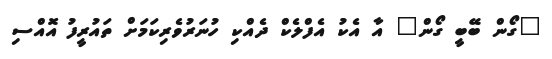
"ގޯން ބޭބީ ގޯން" އާ އެކު އެފްލެކް ދެއްކި ހުނަރުވެރިކަމަށް ތައުރީފު އޮއްސި